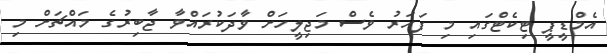
އެމްޑީޕީ ޓިކެޓްގައި މި ފަހަރު ވެސް މަޖިލީހަށް ވާދަކުރައްވާ ޖާބިރުގެ މައްޗަށް މި